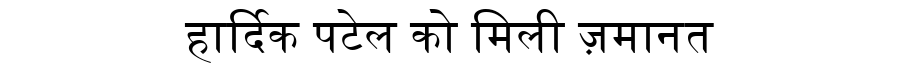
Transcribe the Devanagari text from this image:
हार्दिक पटेल को मिली ज़मानत